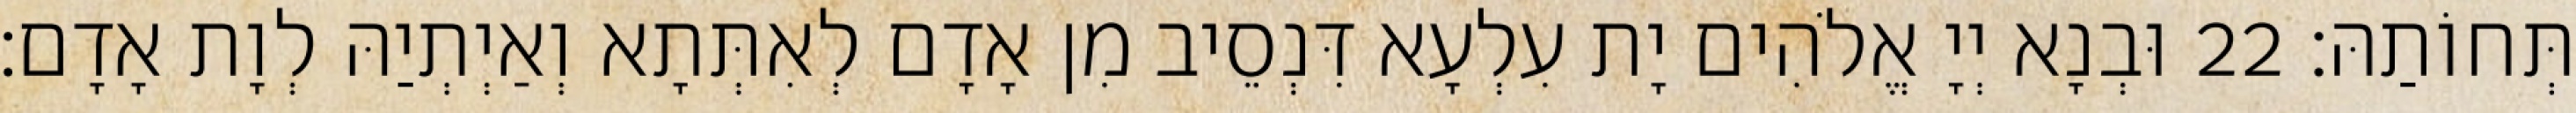
תְּחוֹתַהּ׃ 22 וּבְנָא יְיָ אֱלֹהִים יָת עִלְעָא דִּנְסֵיב מִן אָדָם לְאִתְּתָא וְאַיְתְיַהּ לְוָת אָדָם׃